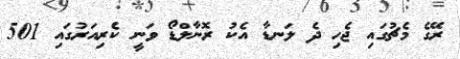
ރޭގެ މެޗުގައި ޖެހި ދެ ލަނޑާ އެކު ރޮނާލްޑޯ ވަނީ ކެރިއަރުގައި 501